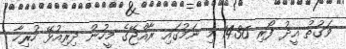
ވަގުތު އީދު ފޯރި 1436 މި ނަމުގައި ރާއްޖޭގެ މީހުން ދިރިއުޅޭ ހުރިހާ